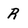
Character: R